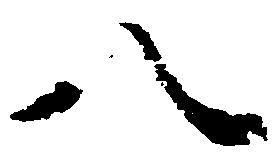
八